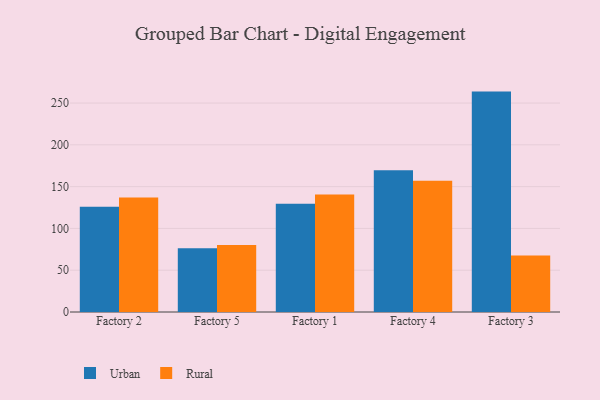
{"axis": {"x": "Factory", "y": "Waste Production (Tons)"}, "legend": ["Rural", "Urban"], "data": [{"x": "Factory 2", "y": 125.9, "type": "Urban"}, {"x": "Factory 2", "y": 137.0, "type": "Rural"}, {"x": "Factory 5", "y": 76.3, "type": "Urban"}, {"x": "Factory 5", "y": 80.3, "type": "Rural"}, {"x": "Factory 1", "y": 129.6, "type": "Urban"}, {"x": "Factory 1", "y": 140.7, "type": "Rural"}, {"x": "Factory 4", "y": 169.5, "type": "Urban"}, {"x": "Factory 4", "y": 157.0, "type": "Rural"}, {"x": "Factory 3", "y": 263.7, "type": "Urban"}, {"x": "Factory 3", "y": 67.7, "type": "Rural"}]}